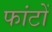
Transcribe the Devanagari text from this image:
फांटों